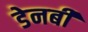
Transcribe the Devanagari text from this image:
डेनबी